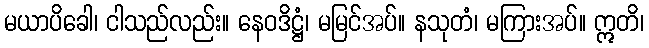
မယာပိခေါ၊ ငါသည်လည်း။ နေဝဒိဋ္ဌံ၊ မမြင်အပ်။ နသုတံ၊ မကြားအပ်။ ဣတိ၊